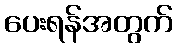
ပေးရန်အတွက်